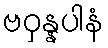
ဗဝှန္နပါနံ